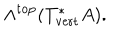
\wedge ^ { \mathrm { t o p } } ( T _ { \mathrm { v e r t } } ^ { * } A ) .